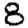
Digit: 8